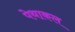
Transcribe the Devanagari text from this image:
पेथाकल